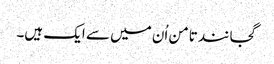
گجانند تامن اُن میں سے ایک ہیں۔